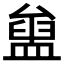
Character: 𥂒